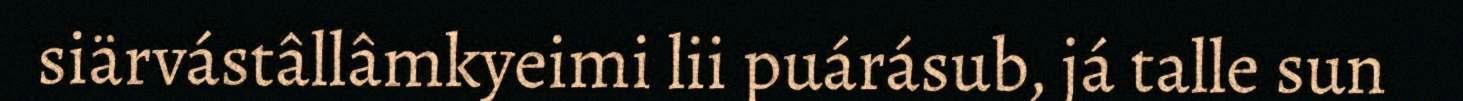
siärvástâllâmkyeimi lii puárásub, já talle sun